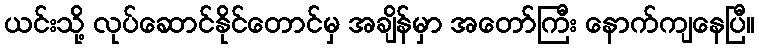
ယင်းသို့ လုပ်ဆောင်နိုင်တောင်မှ အချိန်မှာ အတော်ကြီး နောက်ကျနေပြီ။